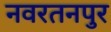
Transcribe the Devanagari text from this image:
नवरतनपुर